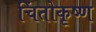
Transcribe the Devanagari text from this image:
चिंतोकृष्ण